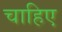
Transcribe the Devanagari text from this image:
चाहिए